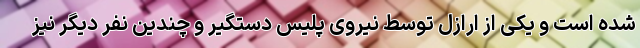
شده است و یکی از ارازل توسط نیروی پلیس دستگیر و چندین نفر دیگر نیز